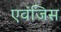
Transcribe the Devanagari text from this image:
एवंजिस